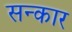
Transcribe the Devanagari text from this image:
सन्कार